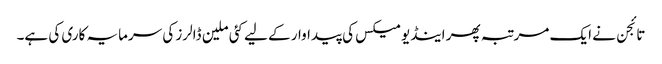
تائجن نے ایک مرتبہ پھر اینڈیومیکس کی پیداوار کے لیے کئی ملین ڈالرز کی سرمایہ کاری کی ہے۔